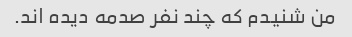
من شنیدم که چند نفر صدمه دیده اند.